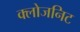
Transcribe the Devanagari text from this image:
क्लोजनिट